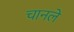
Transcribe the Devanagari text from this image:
चानले